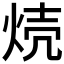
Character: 𱫈